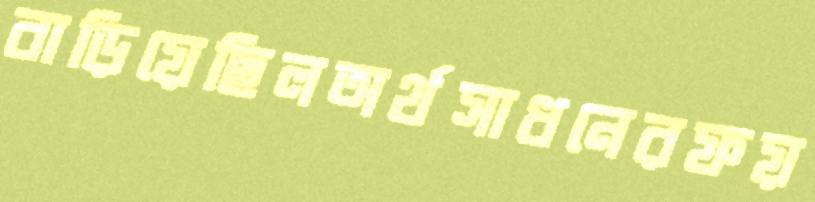
বাড়িয়েছিলঅর্থসাধনেরফয়